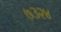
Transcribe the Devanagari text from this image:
७३२४